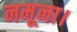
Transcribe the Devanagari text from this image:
नमूना।